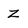
Character: z